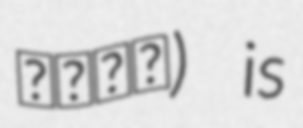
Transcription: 環狀輕軌) is